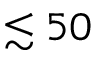
\lesssim 5 0